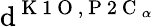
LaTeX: \mathrm{d}^{\mathrm{{~K~1~O~}},\mathrm{{~P~2~C~}}_{\alpha}}